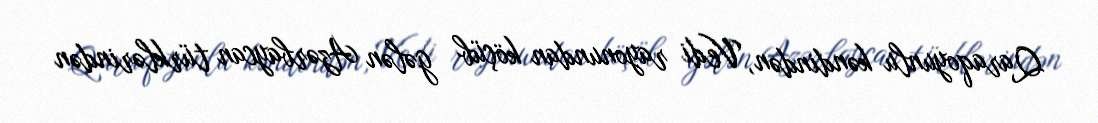
Qaraqoyunlu kəndindən, Vedi rayonundan köçüb gələn Azərbaycan türklərindən